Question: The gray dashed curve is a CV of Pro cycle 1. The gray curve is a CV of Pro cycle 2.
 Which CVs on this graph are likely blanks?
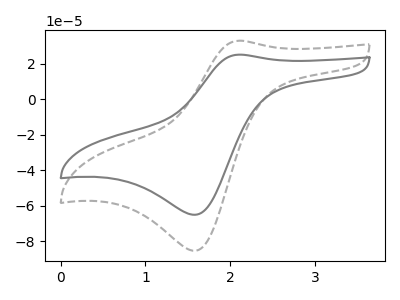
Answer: <think>The gray dashed curve "Pro cycle 1" has an anodic peak at (2.10V, 33.10uA) and a cathodic peak at (1.60V, -85.50uA). The gray curve "Pro cycle 2" has an anodic peak at (2.10V, 25.20uA) and a cathodic peak at (1.60V, -65.15uA).</think>
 <answer>There are not any CV's on this graph that are likely to be blanks.</answer>
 <eval>none</eval>